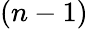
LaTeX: (n-1)